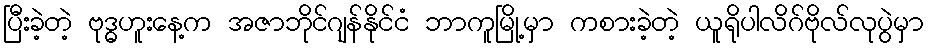
ပြီးခဲ့တဲ့ ဗုဒ္ဓဟူးနေ့က အဇာဘိုင်ဂျန်နိုင်ငံ ဘာကူမြို့မှာ ကစားခဲ့တဲ့ ယူရိုပါလိဂ်ဗိုလ်လုပွဲမှာ